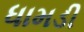
ધામડી